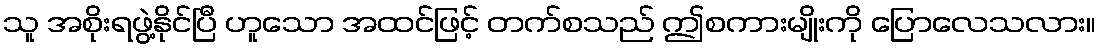
သူ အစိုးရဖွဲ့နိုင်ပြီ ဟူသော အထင်ဖြင့် တက်စသည် ဤစကားမျိုးကို ပြောလေသလား။